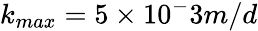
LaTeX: k_{max}=5\times 10^{-}3m/d